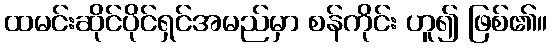
ထမင်းဆိုင်ပိုင်ရှင်အမည်မှာ စန်ကိုင်း ဟူ၍ ဖြစ်၏။